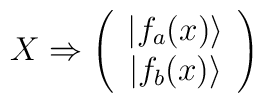
X\Rightarrow\left(\begin{array}{c}\vert f_a(x)\rangle \\ \vert f_b(x)\rangle\end{array}\right)